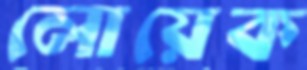
লোয়েক